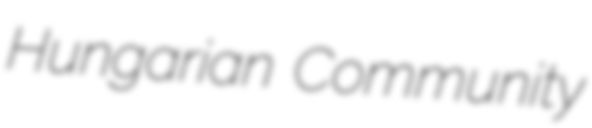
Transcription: Hungarian Community